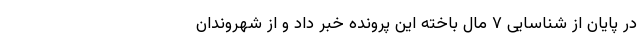
در پایان از شناسایی ۷ مال باخته این پرونده خبر داد و از شهروندان